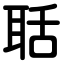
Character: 聒